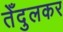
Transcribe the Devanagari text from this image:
तेँदुलकर